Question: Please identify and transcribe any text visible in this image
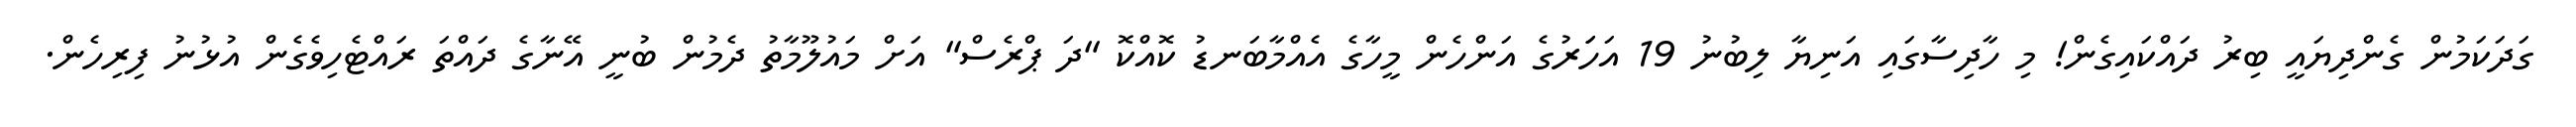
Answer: ގަދަކަމުން ގެންދިޔައީ ބިރު ދައްކައިގެން! މި ހާދިސާގައި އަނިޔާ ލިބުނު 19 އަހަަރުގެ އަންހެން މީހާގެ އެއްމާބަނޑު ކޮއްކޮ "ދަ ޕްރެސް" އަށް މައުލޫމާތު ދެމުން ބުނީ އޭނާގެ ދައްތަ ރައްޓެހިވެގެން އުޅުނު ފިރިހެން.